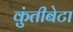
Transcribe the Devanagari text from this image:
कुंतीबेटा